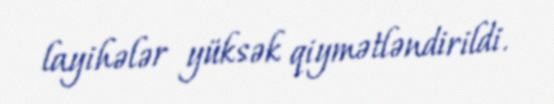
layihələr yüksək qiymətləndirildi.